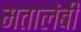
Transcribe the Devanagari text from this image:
मतालंबी